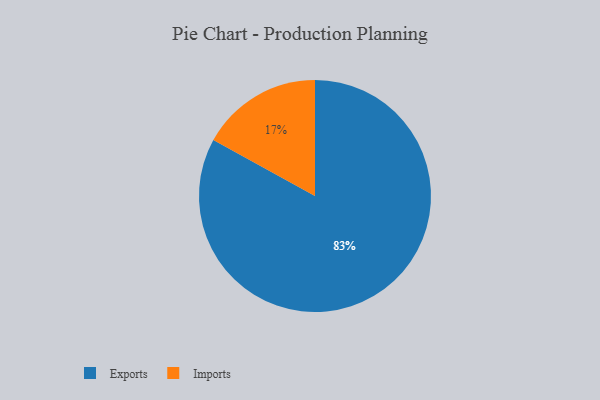
{"axis": {"x": "Category", "y": "Percentage"}, "legend": ["Exports", "Imports"], "data": [{"x": "Imports", "y": 17, "type": "Imports"}, {"x": "Exports", "y": 83, "type": "Exports"}]}